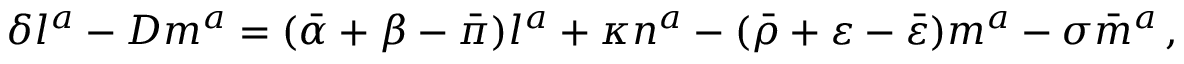
\delta l ^ { a } - D m ^ { a } = ( { \bar { \alpha } } + \beta - { \bar { \pi } } ) l ^ { a } + \kappa n ^ { a } - ( { \bar { \rho } } + \varepsilon - { \bar { \varepsilon } } ) m ^ { a } - \sigma { \bar { m } } ^ { a } \, ,